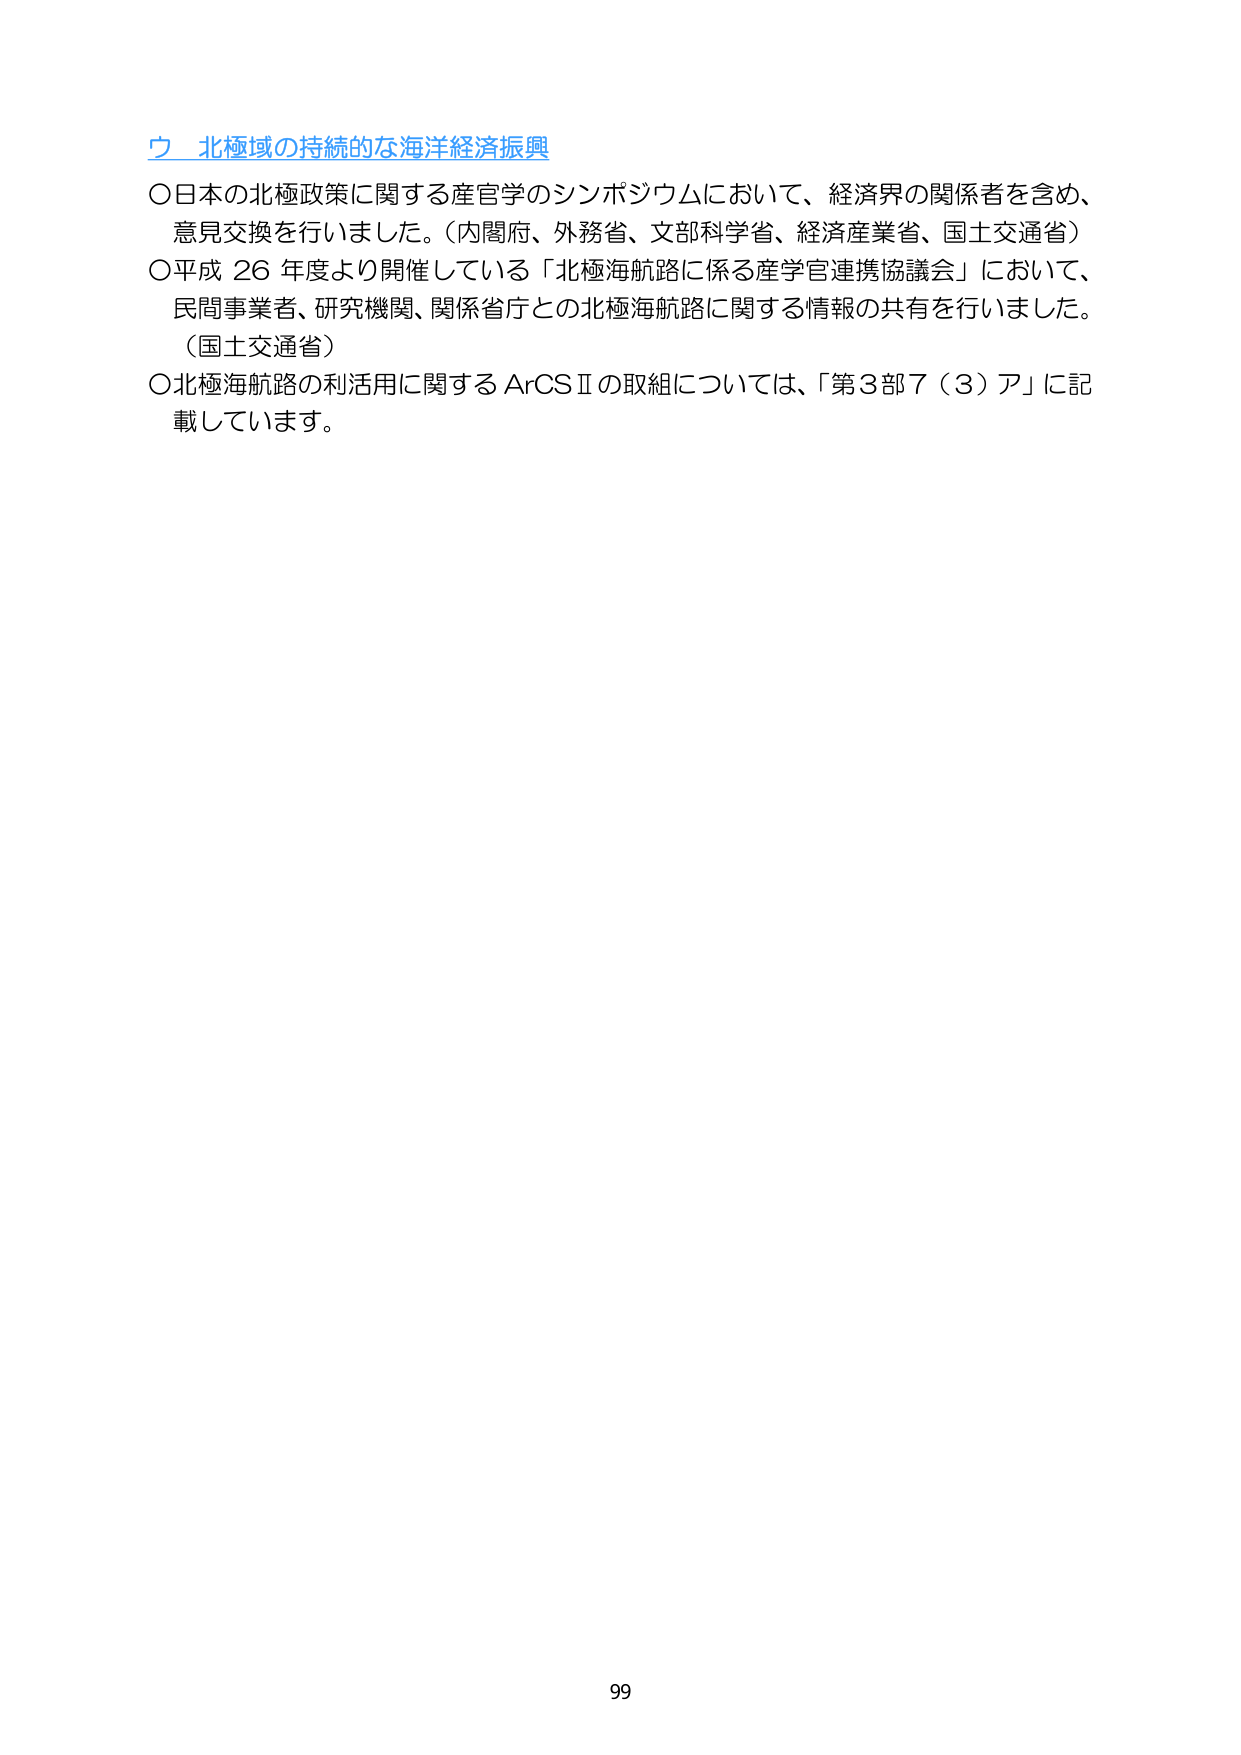
ウ 北極域の持続的な海洋経済振興
○日本の北極政策に関する産官学のシンポジウムにおいて、経済界の関係者を含め、
意見交換を行いました。（内閣府、外務省、文部科学省、経済産業省、国土交通省）
○平成26年度より開催している「北極海航路に係る産学官連携協議会」において、
民間事業者、研究機関、関係省庁との北極海航路に関する情報の共有を行いました。
（国土交通省）
○北極海航路の利活用に関するArCSⅡの取組については、「第3部7（3）ア」に記
載しています。

99